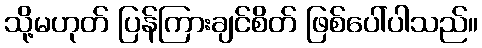
သို့မဟုတ် ပြန်ကြားချင်စိတ် ဖြစ်ပေါ်ပါသည်။